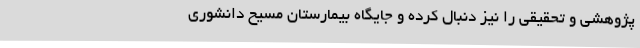
پژوهشی و تحقیقی را نیز دنبال کرده و جایگاه بیمارستان مسیح دانشوری